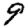
Digit: 9